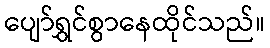
ပျော်ရွှင်စွာနေထိုင်သည်။